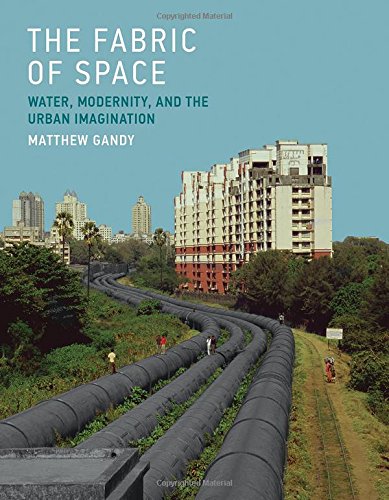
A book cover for The Fabric of Space: Water, Modernity, and the Urban Imagination; Matthew Gandy; Arts & Photography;